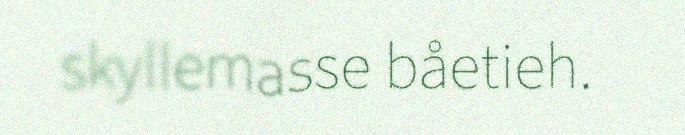
skyllemasse båetieh.